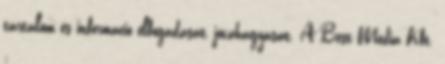
tartalom és információ elfogadását, jóváhagyását. A Best Média Kft.